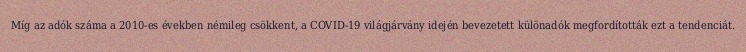
Míg az adók száma a 2010-es években némileg csökkent, a COVID-19 világjárvány idején bevezetett különadók megfordították ezt a tendenciát.